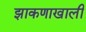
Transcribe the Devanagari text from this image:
झाकणाखाली